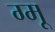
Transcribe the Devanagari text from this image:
ग्‍मू